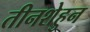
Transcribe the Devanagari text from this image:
तीनशेहुन